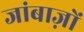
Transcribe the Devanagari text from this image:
जांबाज़ों